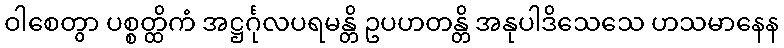
ဝါစေတွာ ပစ္စတ္ထိကံ အဋ္ဌင်္ဂုလပရမန္တိ ဥပဟတန္တိ အနုပါဒိသေသေ ဟသမာနေန